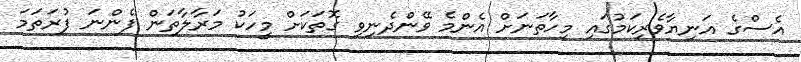
އެސްގެ އަނިޔާވެރިކަމުގައި މިހާތަނަށް އެންމެ ވޭންދެނިވި ގޮތަކަށް މީހަކު މަރާލާތަން ފެންނަ ފުރަތަމަ